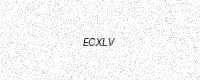
Text: ECXLV